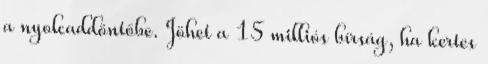
a nyolcaddöntőbe. Jöhet a 15 milliós bírság, ha kertes